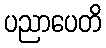
ပညာပေတိ